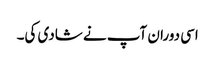
اسی دوران آپ نے شادی کی۔